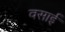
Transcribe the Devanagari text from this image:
वसाई